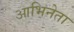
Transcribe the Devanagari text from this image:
आभिनेता